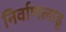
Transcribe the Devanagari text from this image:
निर्वाणलाडू